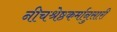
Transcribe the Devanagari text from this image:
नीचश्रेष्ठकर्मानुसारी